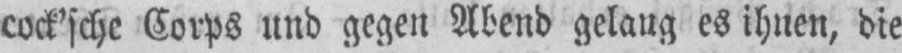
cock’sche Corps und gegen Abend gelang es ihnen, die